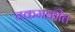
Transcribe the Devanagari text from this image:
चकमकींत